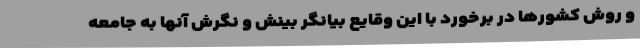
و روش کشورها در برخورد با این وقایع بیانگر بینش و نگرش آنها به جامعه